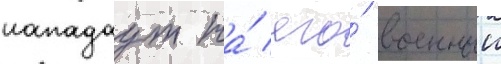
нападаут на́ его́ военныи